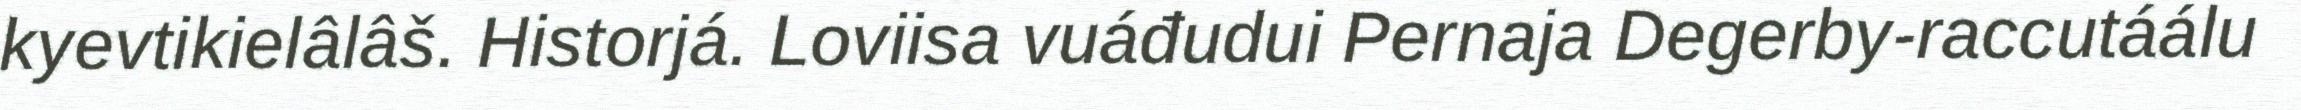
kyevtikielâlâš. Historjá. Loviisa vuáđudui Pernaja Degerby-raccutáálu